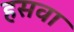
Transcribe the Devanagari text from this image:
हसवा